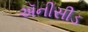
ઍનીસીડ